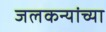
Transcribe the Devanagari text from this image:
जलकन्यांच्या